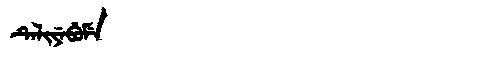
Manchu: ᡨᡝᠯᡳᠶᡝᠪᡠᠮᡝ
Romanization: TELIYEBUME